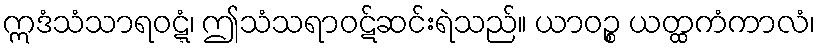
ဣဒံသံသာရဝဋ္ဋံ၊ ဤသံသရာဝဋ်ဆင်းရဲသည်။ ယာဝဉ္စ ယတ္ထကံကာလံ၊